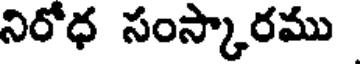
నిరోధ సంస్కారము